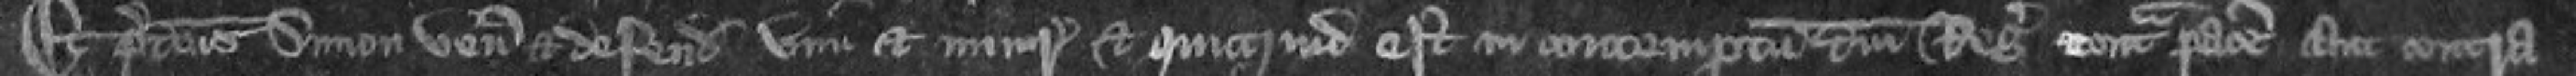
Et predictus Simon venit et defendit vim et iniurium et quicquid est in contemptum domini Regis contra pacem aut contra